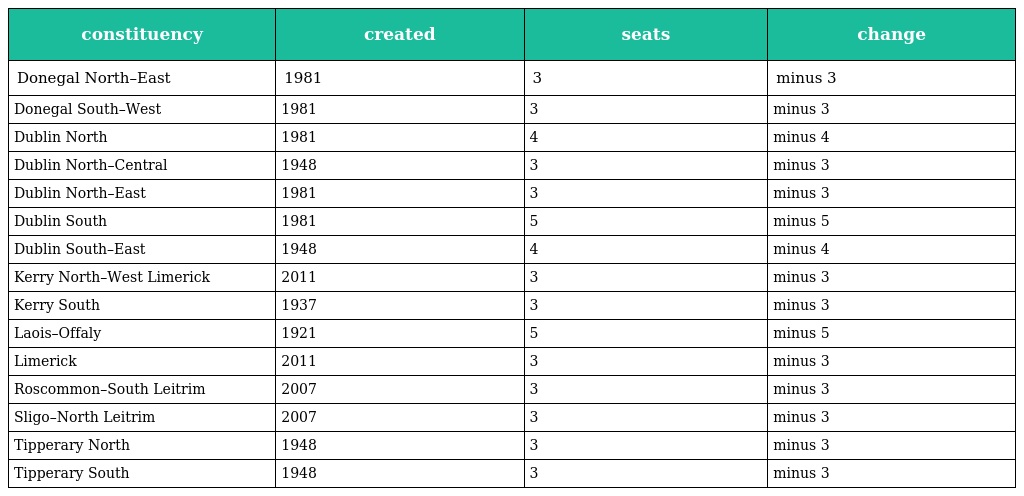
| constituency | created | seats | change |
 | --- | --- | --- | --- |
 | Donegal North–East | 1981 | 3 | minus 3 |
 | Donegal South–West | 1981 | 3 | minus 3 |
 | Dublin North | 1981 | 4 | minus 4 |
 | Dublin North–Central | 1948 | 3 | minus 3 |
 | Dublin North–East | 1981 | 3 | minus 3 |
 | Dublin South | 1981 | 5 | minus 5 |
 | Dublin South–East | 1948 | 4 | minus 4 |
 | Kerry North–West Limerick | 2011 | 3 | minus 3 |
 | Kerry South | 1937 | 3 | minus 3 |
 | Laois–Offaly | 1921 | 5 | minus 5 |
 | Limerick | 2011 | 3 | minus 3 |
 | Roscommon–South Leitrim | 2007 | 3 | minus 3 |
 | Sligo–North Leitrim | 2007 | 3 | minus 3 |
 | Tipperary North | 1948 | 3 | minus 3 |
 | Tipperary South | 1948 | 3 | minus 3 |